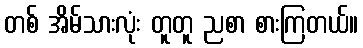
တစ် အိမ်သားလုံး တူတူ ညစာ စားကြတယ်။